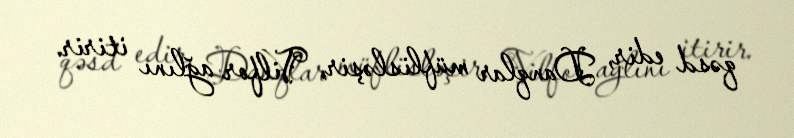
qəsd edir, Danqlar müflisləşir, Vilfor ağlını itirir.